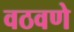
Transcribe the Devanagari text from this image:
वठवणे